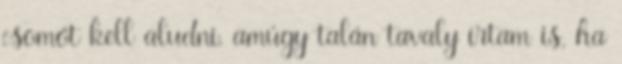
csomót kell aludni. amúgy talán tavaly írtam is, ha